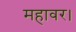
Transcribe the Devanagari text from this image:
महावर।